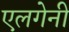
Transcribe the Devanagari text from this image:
एलगेनी